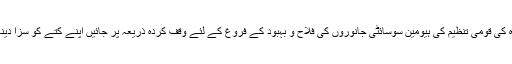
[18] ایکس قابل اعتبار ماخذ ریاستہائے متحدہ کی قومی تنظیم کی ہیومین سوسائٹی جانوروں کی فلاح و بہبود کے فروغ کے لئے وقف کردہ ذریعہ پر جائیں اپنے کتے کو سزا دینا خوف اور عمومی عدم اطمینان پیدا کرتا ہے۔